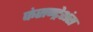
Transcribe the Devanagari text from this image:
कंसन्ट्रेशंस